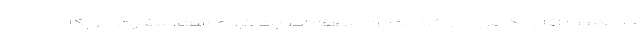
داد که حداقل یک فروند راکت به این منطقه اصابت کرده است. سفارت آمریکا